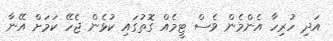
އަދި ހުރިހާ އެންމެން ވެސް ޓީމެއް ގޮތުގައި ކުޅެން ޖެހޭ ކަމަށް އޭނާ